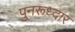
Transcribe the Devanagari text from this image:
पुनरूध्दार